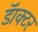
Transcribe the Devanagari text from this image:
डॅाक्टर